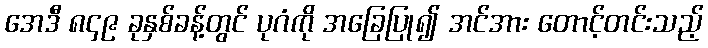
အေဒီ ၈၄၉ ခုနှစ်ခန့်တွင် ပုဂံကို အခြေပြု၍ အင်အား တောင့်တင်းသည့်